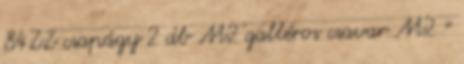
84ZZ csapágy 2 db M2 galléros csavar M2 ×